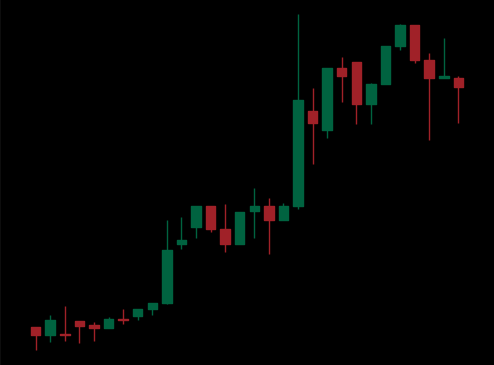
Pattern: unclassified